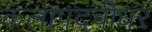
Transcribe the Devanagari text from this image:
कलापदवीधर